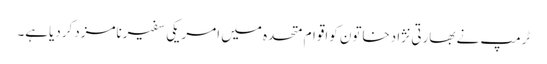
ٹرمپ نے بھارتی نژادخاتون کواقوام متحدہ میں امریکی سفیرنامزدکردیاہے۔